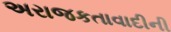
અરાજકતાવાદીની